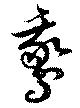
鵞